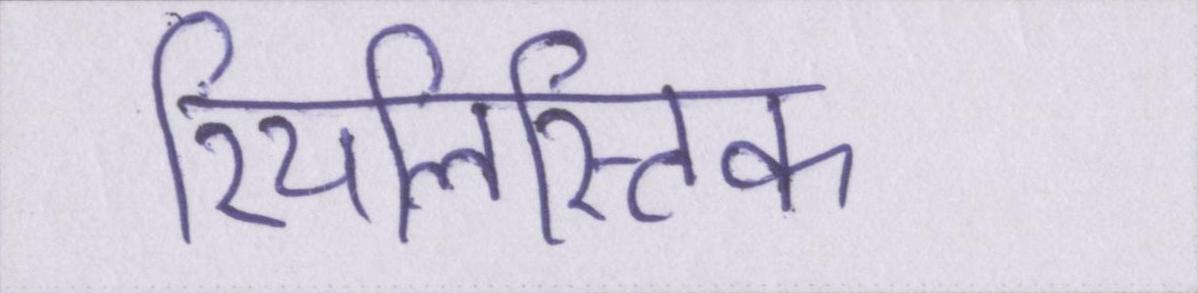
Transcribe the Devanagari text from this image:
रियलिस्टिक